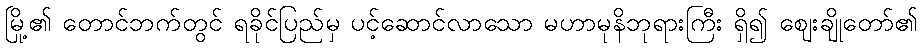
မြို့၏ တောင်ဘက်တွင် ရခိုင်ပြည်မှ ပင့်ဆောင်လာသော မဟာမုနိဘုရားကြီး ရှိ၍ ဈေးချိုတော်၏